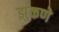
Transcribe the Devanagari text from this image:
झुकणे